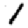
Digit: 1